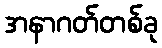
အနာဂတ်တစ်ခု